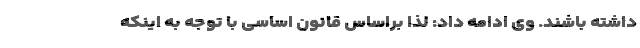
داشته باشند. وی ادامه داد: لذا براساس قانون اساسی با توجه به اینکه